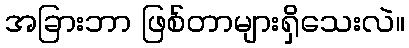
အခြားဘာ ဖြစ်တာများရှိသေးလဲ။